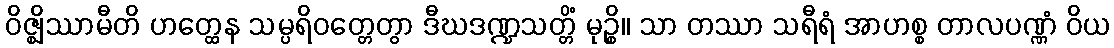
ဝိဇ္ဈိဿာမီတိ ဟတ္ထေန သမ္ပရိဝတ္တေတွာ ဒီဃဒဏ္ဍသတ္တိံ မုဉ္စိ။ သာ တဿာ သရီရံ အာဟစ္စ တာလပဏ္ဏံ ဝိယ